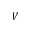
V